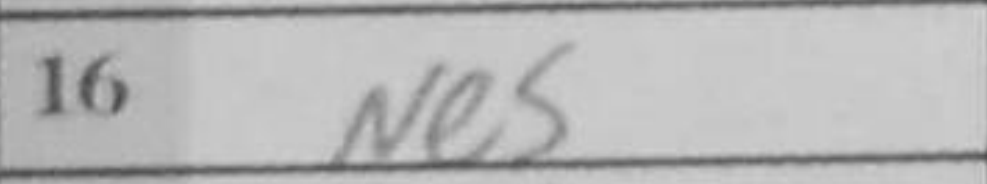
Transcription: Ne5